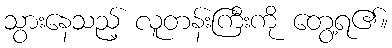
သွားနေသည့် လူတန်းကြီးကို တွေ့ရ၏။